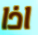
اذا